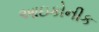
આઇકોનીક